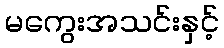
မကွေးအသင်းနှင့်